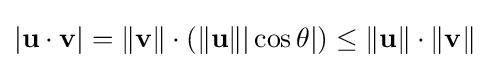
|\mathbf {u} \cdot \mathbf {v} |=\|\mathbf {v} \|\cdot (\|\mathbf {u} \||\cos \theta |)\leq \|\mathbf {u} \|\cdot \|\mathbf {v} \|